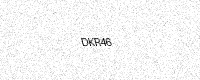
Text: DKR46